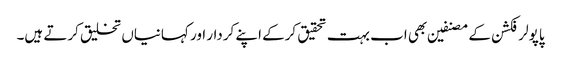
پاپولر فکشن کے مصنفین بھی اب بہت تحقیق کرکے اپنے کردار اور کہانیاں تخلیق کرتے ہیں۔